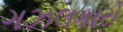
ગઝલકારો